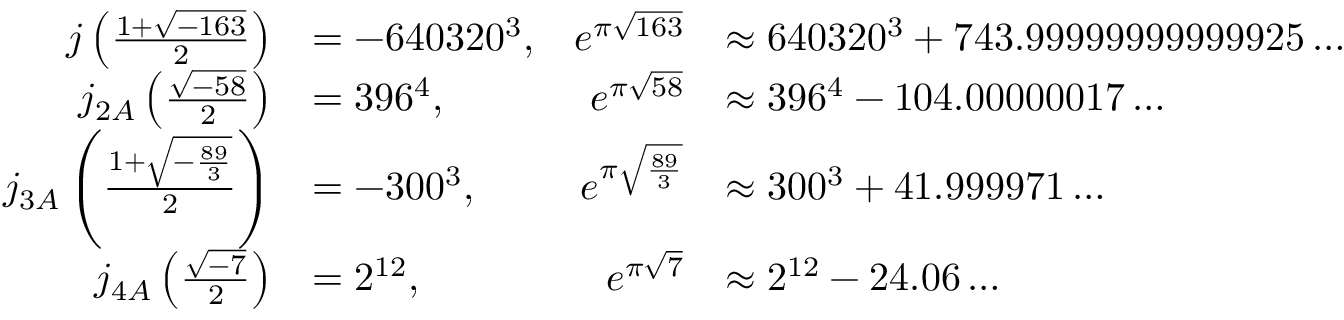
{ \begin{array} { r l r l } { j \left( { \frac { 1 + { \sqrt { - 1 6 3 } } } { 2 } } \right) } & { = - 6 4 0 3 2 0 ^ { 3 } , } & { e ^ { \pi { \sqrt { 1 6 3 } } } } & { \approx 6 4 0 3 2 0 ^ { 3 } + 7 4 3 . 9 9 9 9 9 9 9 9 9 9 9 9 2 5 \dots } \\ { j _ { 2 A } \left( { \frac { \sqrt { - 5 8 } } { 2 } } \right) } & { = 3 9 6 ^ { 4 } , } & { e ^ { \pi { \sqrt { 5 8 } } } } & { \approx 3 9 6 ^ { 4 } - 1 0 4 . 0 0 0 0 0 0 1 7 \dots } \\ { j _ { 3 A } \left( { \frac { 1 + { \sqrt { - { \frac { 8 9 } { 3 } } } } } { 2 } } \right) } & { = - 3 0 0 ^ { 3 } , } & { e ^ { \pi { \sqrt { \frac { 8 9 } { 3 } } } } } & { \approx 3 0 0 ^ { 3 } + 4 1 . 9 9 9 9 7 1 \dots } \\ { j _ { 4 A } \left( { \frac { \sqrt { - 7 } } { 2 } } \right) } & { = 2 ^ { 1 2 } , } & { e ^ { \pi { \sqrt { 7 } } } } & { \approx 2 ^ { 1 2 } - 2 4 . 0 6 \dots } \end{array} }